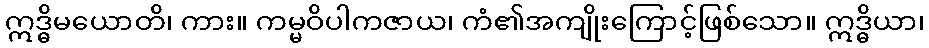
ဣဒ္ဓိမယောတိ၊ ကား။ ကမ္မဝိပါကဇာယ၊ ကံ၏အကျိုးကြောင့်ဖြစ်သော။ ဣဒ္ဓိယာ၊